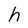
Character: h